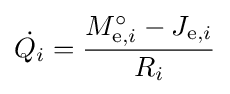
{\dot {Q_{i}}}={\frac {M_{\mathrm {e} ,i}^{\circ }-J_{\mathrm {e} ,i}}{R_{i}}}